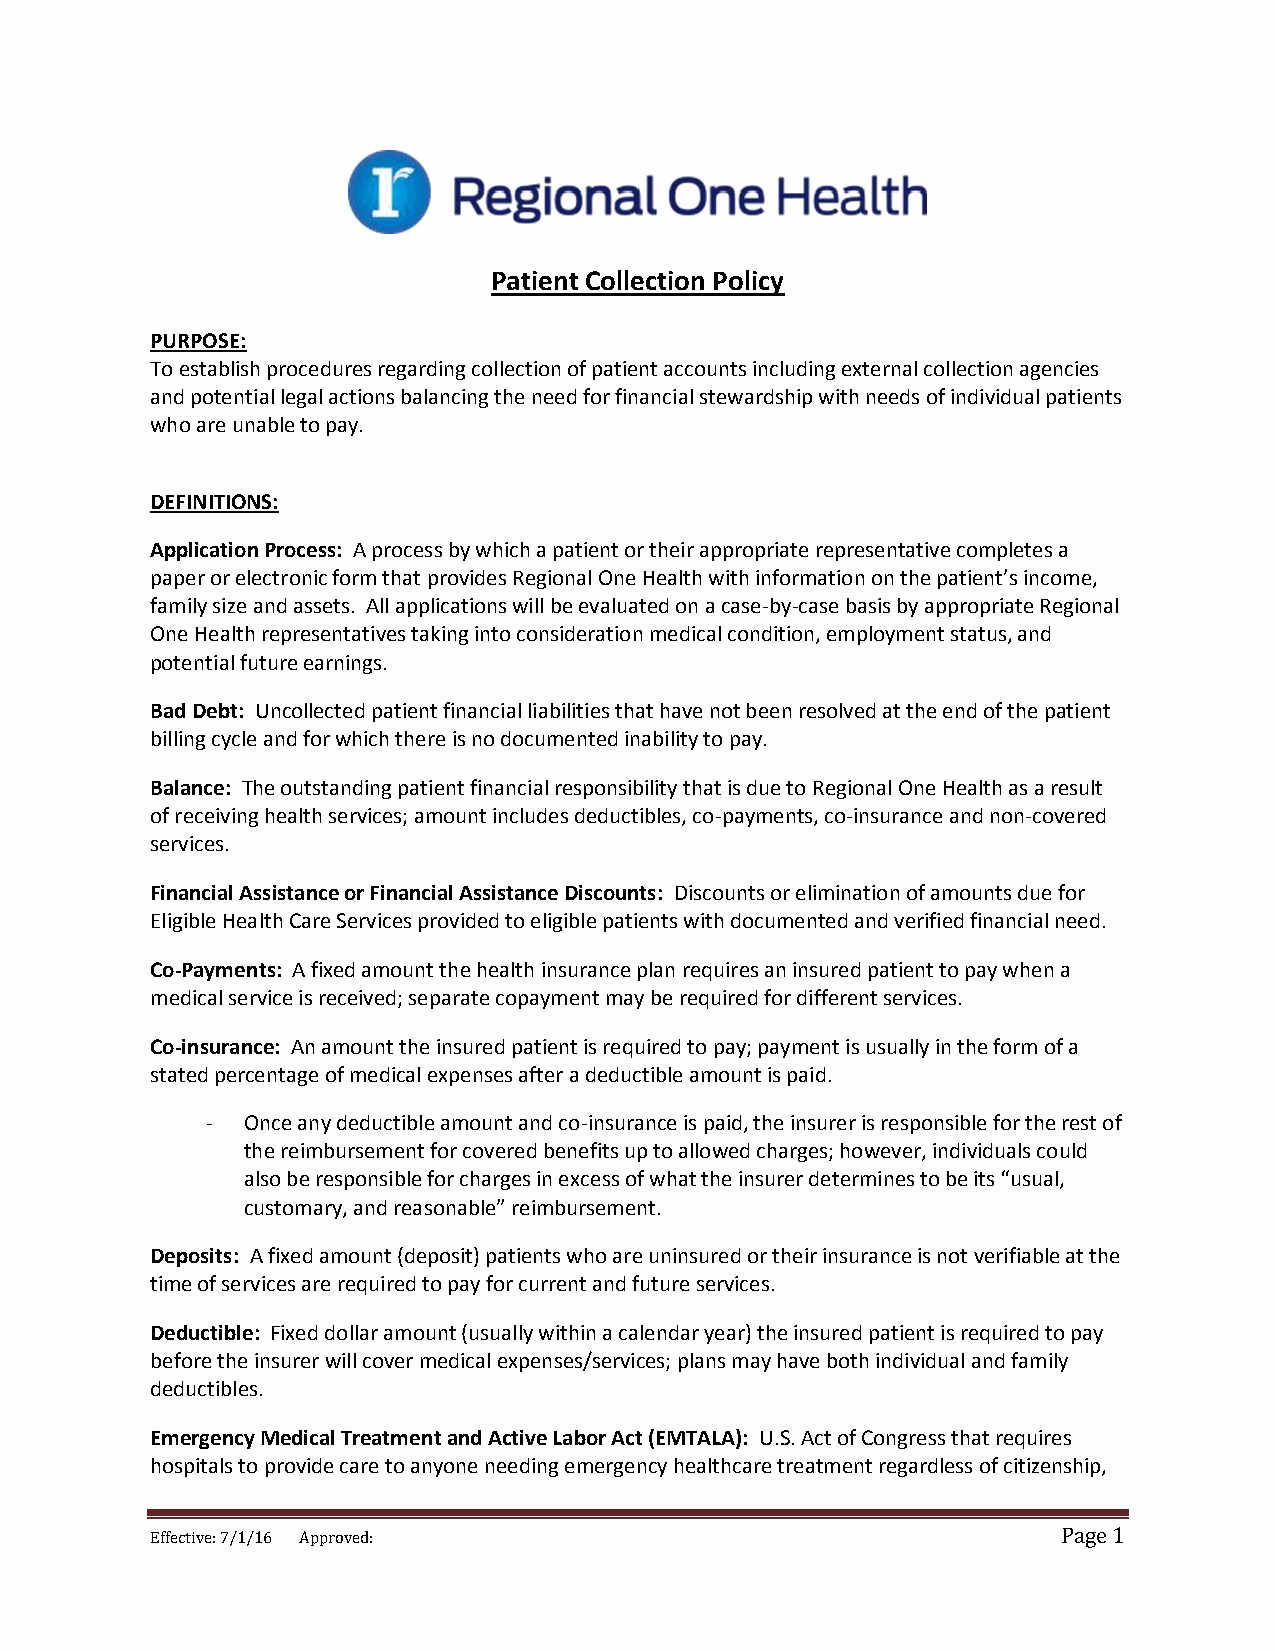
Patient Collection Policy
 PURPOSE:
 To establish procedures regarding collection of patient accounts including external collection agencies
 and potential legal actions balancing the need for financial stewardship with needs of individual patients
 who are unable to pay.
 DEFINITIONS:
 Application Process: A process by which a patient or their appropriate representative completes a
 paper or electronic form that provides Regional One Health with information on the patient’s income,
 family size and assets. All applications will be evaluated on a case-by-case basis by appropriate Regional
 One Health representatives taking into consideration medical condition, employment status, and
 potential future earnings.
 Bad Debt: Uncollected patient financial liabilities that have not been resolved at the end of the patient
 billing cycle and for which there is no documented inability to pay.
 Balance: The outstanding patient financial responsibility that is due to Regional One Health as a result
 of receiving health services; amount includes deductibles, co-payments, co-insurance and non-covered
 services.
 Financial Assistance or Financial Assistance Discounts: Discounts or elimination of amounts due for
 Eligible Health Care Services provided to eligible patients with documented and verified financial need.
 Co-Payments: A fixed amount the health insurance plan requires an insured patient to pay when a
 medical service is received; separate copayment may be required for different services.
 Co-insurance: An amount the insured patient is required to pay; payment is usually in the form of a
 stated percentage of medical expenses after a deductible amount is paid.
 - Once any deductible amount and co-insurance is paid, the insurer is responsible for the rest of
 the reimbursement for covered benefits up to allowed charges; however, individuals could
 also be responsible for charges in excess of what the insurer determines to be its “usual,
 customary, and reasonable” reimbursement.
 Deposits: A fixed amount (deposit) patients who are uninsured or their insurance is not verifiable at the
 time of services are required to pay for current and future services.
 Deductible: Fixed dollar amount (usually within a calendar year) the insured patient is required to pay
 before the insurer will cover medical expenses/services; plans may have both individual and family
 deductibles.
 Emergency Medical Treatment and Active Labor Act (EMTALA): U.S. Act of Congress that requires
 hospitals to provide care to anyone needing emergency healthcare treatment regardless of citizenship,
 Effective: 7/1/16 Approved:                                 Page 1